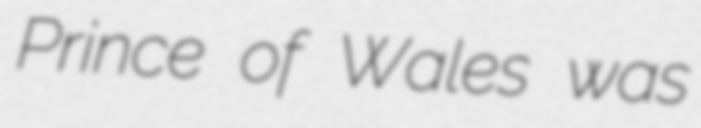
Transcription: Prince of Wales was